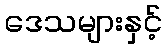
ဒေသများနှင့်